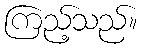
ကြည့်သည်။